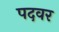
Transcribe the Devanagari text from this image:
पदवर